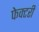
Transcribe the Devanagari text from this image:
फेक्टरी